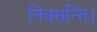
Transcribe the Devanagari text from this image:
निवसन्ति।